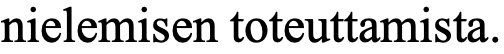
nielemisen toteuttamista.